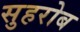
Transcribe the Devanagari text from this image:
सुहरोब